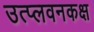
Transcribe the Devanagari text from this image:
उत्प्लवनकक्ष